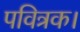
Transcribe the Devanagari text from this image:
पवित्रक।